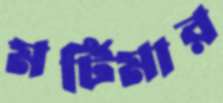
মর্টিমার